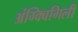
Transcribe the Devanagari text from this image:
अंग्क्विगिली